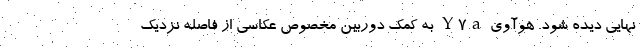
نهایی دیده شود. هوآوی Y7a به کمک دوربین مخصوص عکاسی از فاصله نزدیک